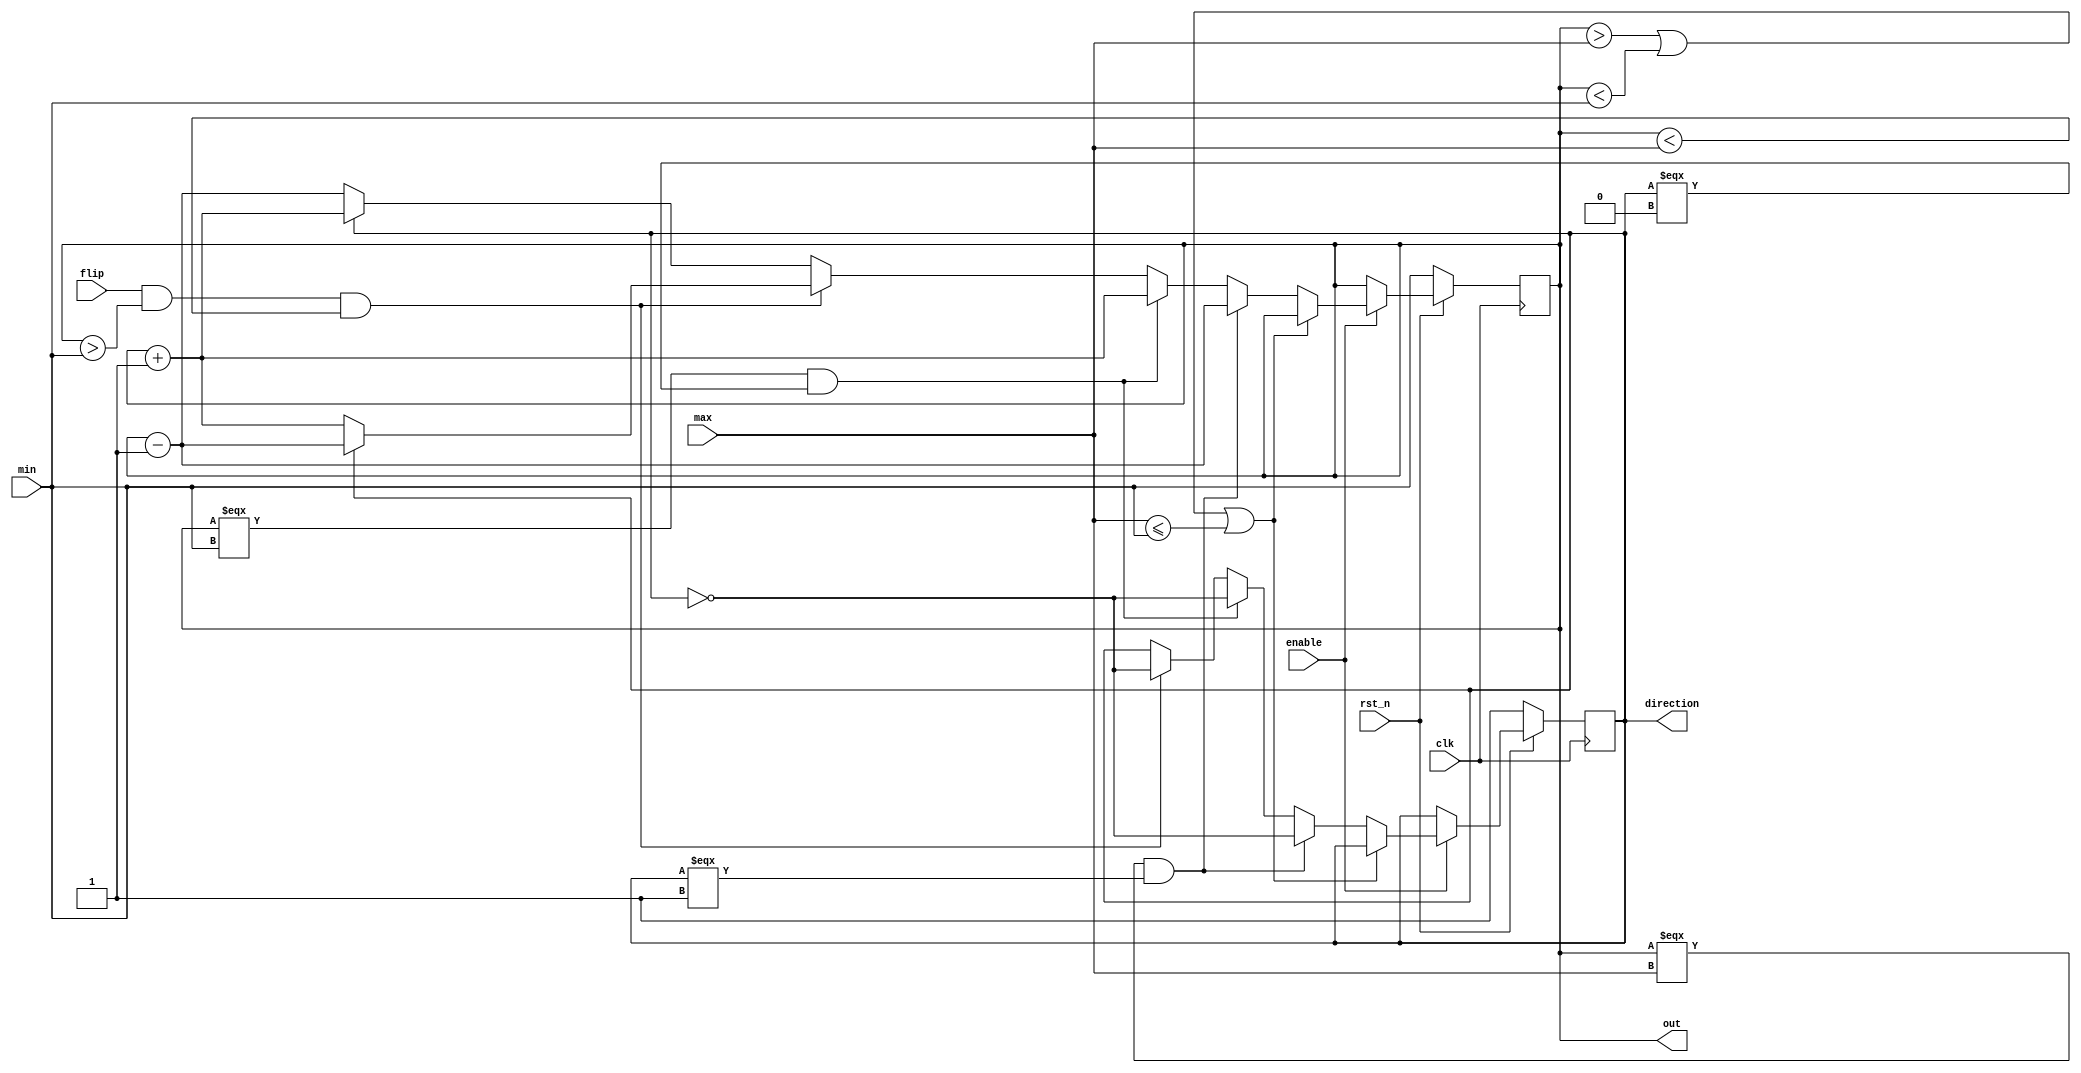
`timescale 1ns/1ps

module Parameterized_Ping_Pong_Counter (clk, rst_n, enable, flip, max, min, direction, out);
input clk, rst_n;
input enable;
input flip;
input [4-1:0] max;
input [4-1:0] min;
output direction;
output [4-1:0] out;

reg [4-1:0] out;
reg direction;

reg [4-1:0] next_out;
reg next_direction;

always @(*) begin
    if (enable) begin
        if (out > max || out < min || max <= min) begin
            next_out = out;
            next_direction = direction;
        end else begin
            if (out === max && direction === 1'b1) begin
                next_out = out-4'b1;
                next_direction = ~direction;
            end else if (out === min && direction === 1'b0) begin
                next_out = out+4'b1;
                next_direction = ~direction;
            end else begin
                if (flip && out > min && out < max) begin
                    next_out = ~direction ? out + 4'b1 : out-4'b1;
                    next_direction = ~direction;
                end else begin
                    next_out = direction ? out + 4'b1 : out - 4'b1;
                    next_direction = direction;
                end
            end
        end
    end else begin
        next_out = out;
        next_direction = direction;
    end
end

always @(posedge clk) begin
    if (~rst_n) begin
        out <= min;
        direction <= 1;
    end 
    else begin
        out <= next_out;
        direction <= next_direction;
    end
end

endmodule